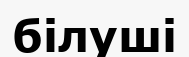
білуші